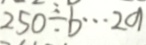
2 5 0 \div b \cdots 2 a